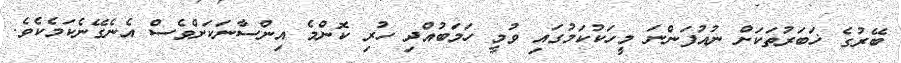
ބޭރުގެ ޚަބަރުތަކަށް ނުއުފަންނަ މީހަކުކަމުގައި ވުމީ ހަމަބުއްދި ހުރި ކޮންމެ އިންސާނަކަށްވެސް އެނެގޭނެކަމެކެވެ.